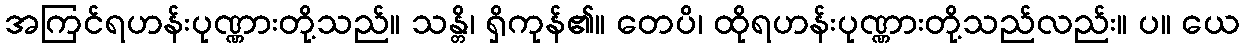
အကြင်ရဟန်းပုဏ္ဏားတို့သည်။ သန္တိ၊ ရှိကုန်၏။ တေပိ၊ ထိုရဟန်းပုဏ္ဏားတို့သည်လည်း။ ပ။ ယေ